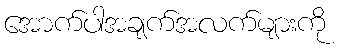
အောက်ပါအချက်အလက်များကို